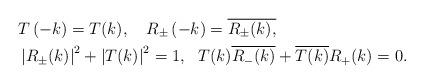
LaTeX: \begin{align*}& T\left(-k\right)=T(k),\ \ \ R_{\pm}\left(-k\right)=\overline{R_{\pm}(k),}\\& \left|R_{\pm}(k)\right|^{2}+\left|T(k)\right|^{2}=1,\ \ T(k)\overline{R_{-}(k)}+\overline{T(k)}R_{+}(k)=0.\end{align*}